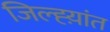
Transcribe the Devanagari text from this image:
जिल्ह्य़ांत